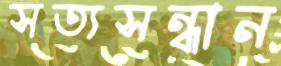
সত্যসন্ধান